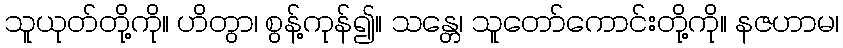
သူယုတ်တို့ကို။ ဟိတွာ၊ စွန့်ကုန်၍။ သန္တေ၊ သူတော်ကောင်းတို့ကို။ နဇဟာမ၊